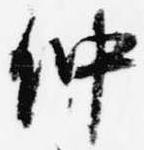
仲